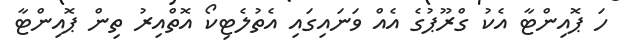
ހަ ޕޮއިންޓާ އެކު ގްރޫޕުގެ އެއް ވަނައިގައި އެތުލެޓިކޯ އޮތްއިރު ތިން ޕޮއިންޓާ